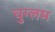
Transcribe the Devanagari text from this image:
चुग्लम